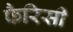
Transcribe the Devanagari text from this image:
फैरिसी